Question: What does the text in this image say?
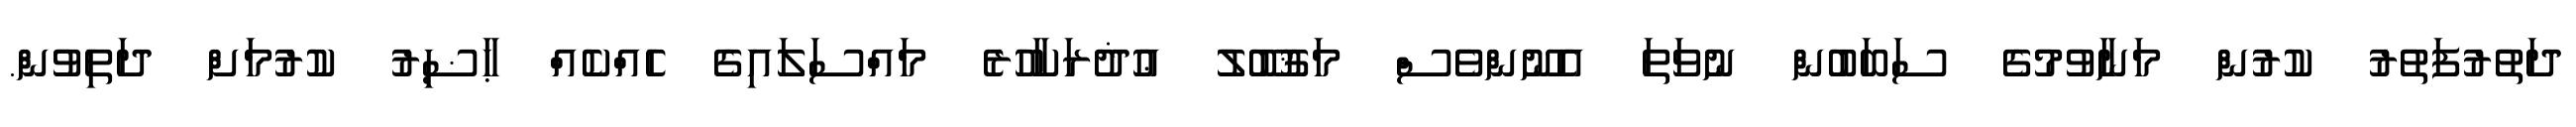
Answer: ދަތުރުފަތުރު ކުރުން މަނާވުމުގެ ސަބަބުން ނުވަތަ އެނޫންވެސް މަޤުބޫލު ޢުޛުރަކާހުރެ މައްސަލައިގެ ހެއްކެއް ޙާޟިރު ކުރުމަށް ދަތިވުން.